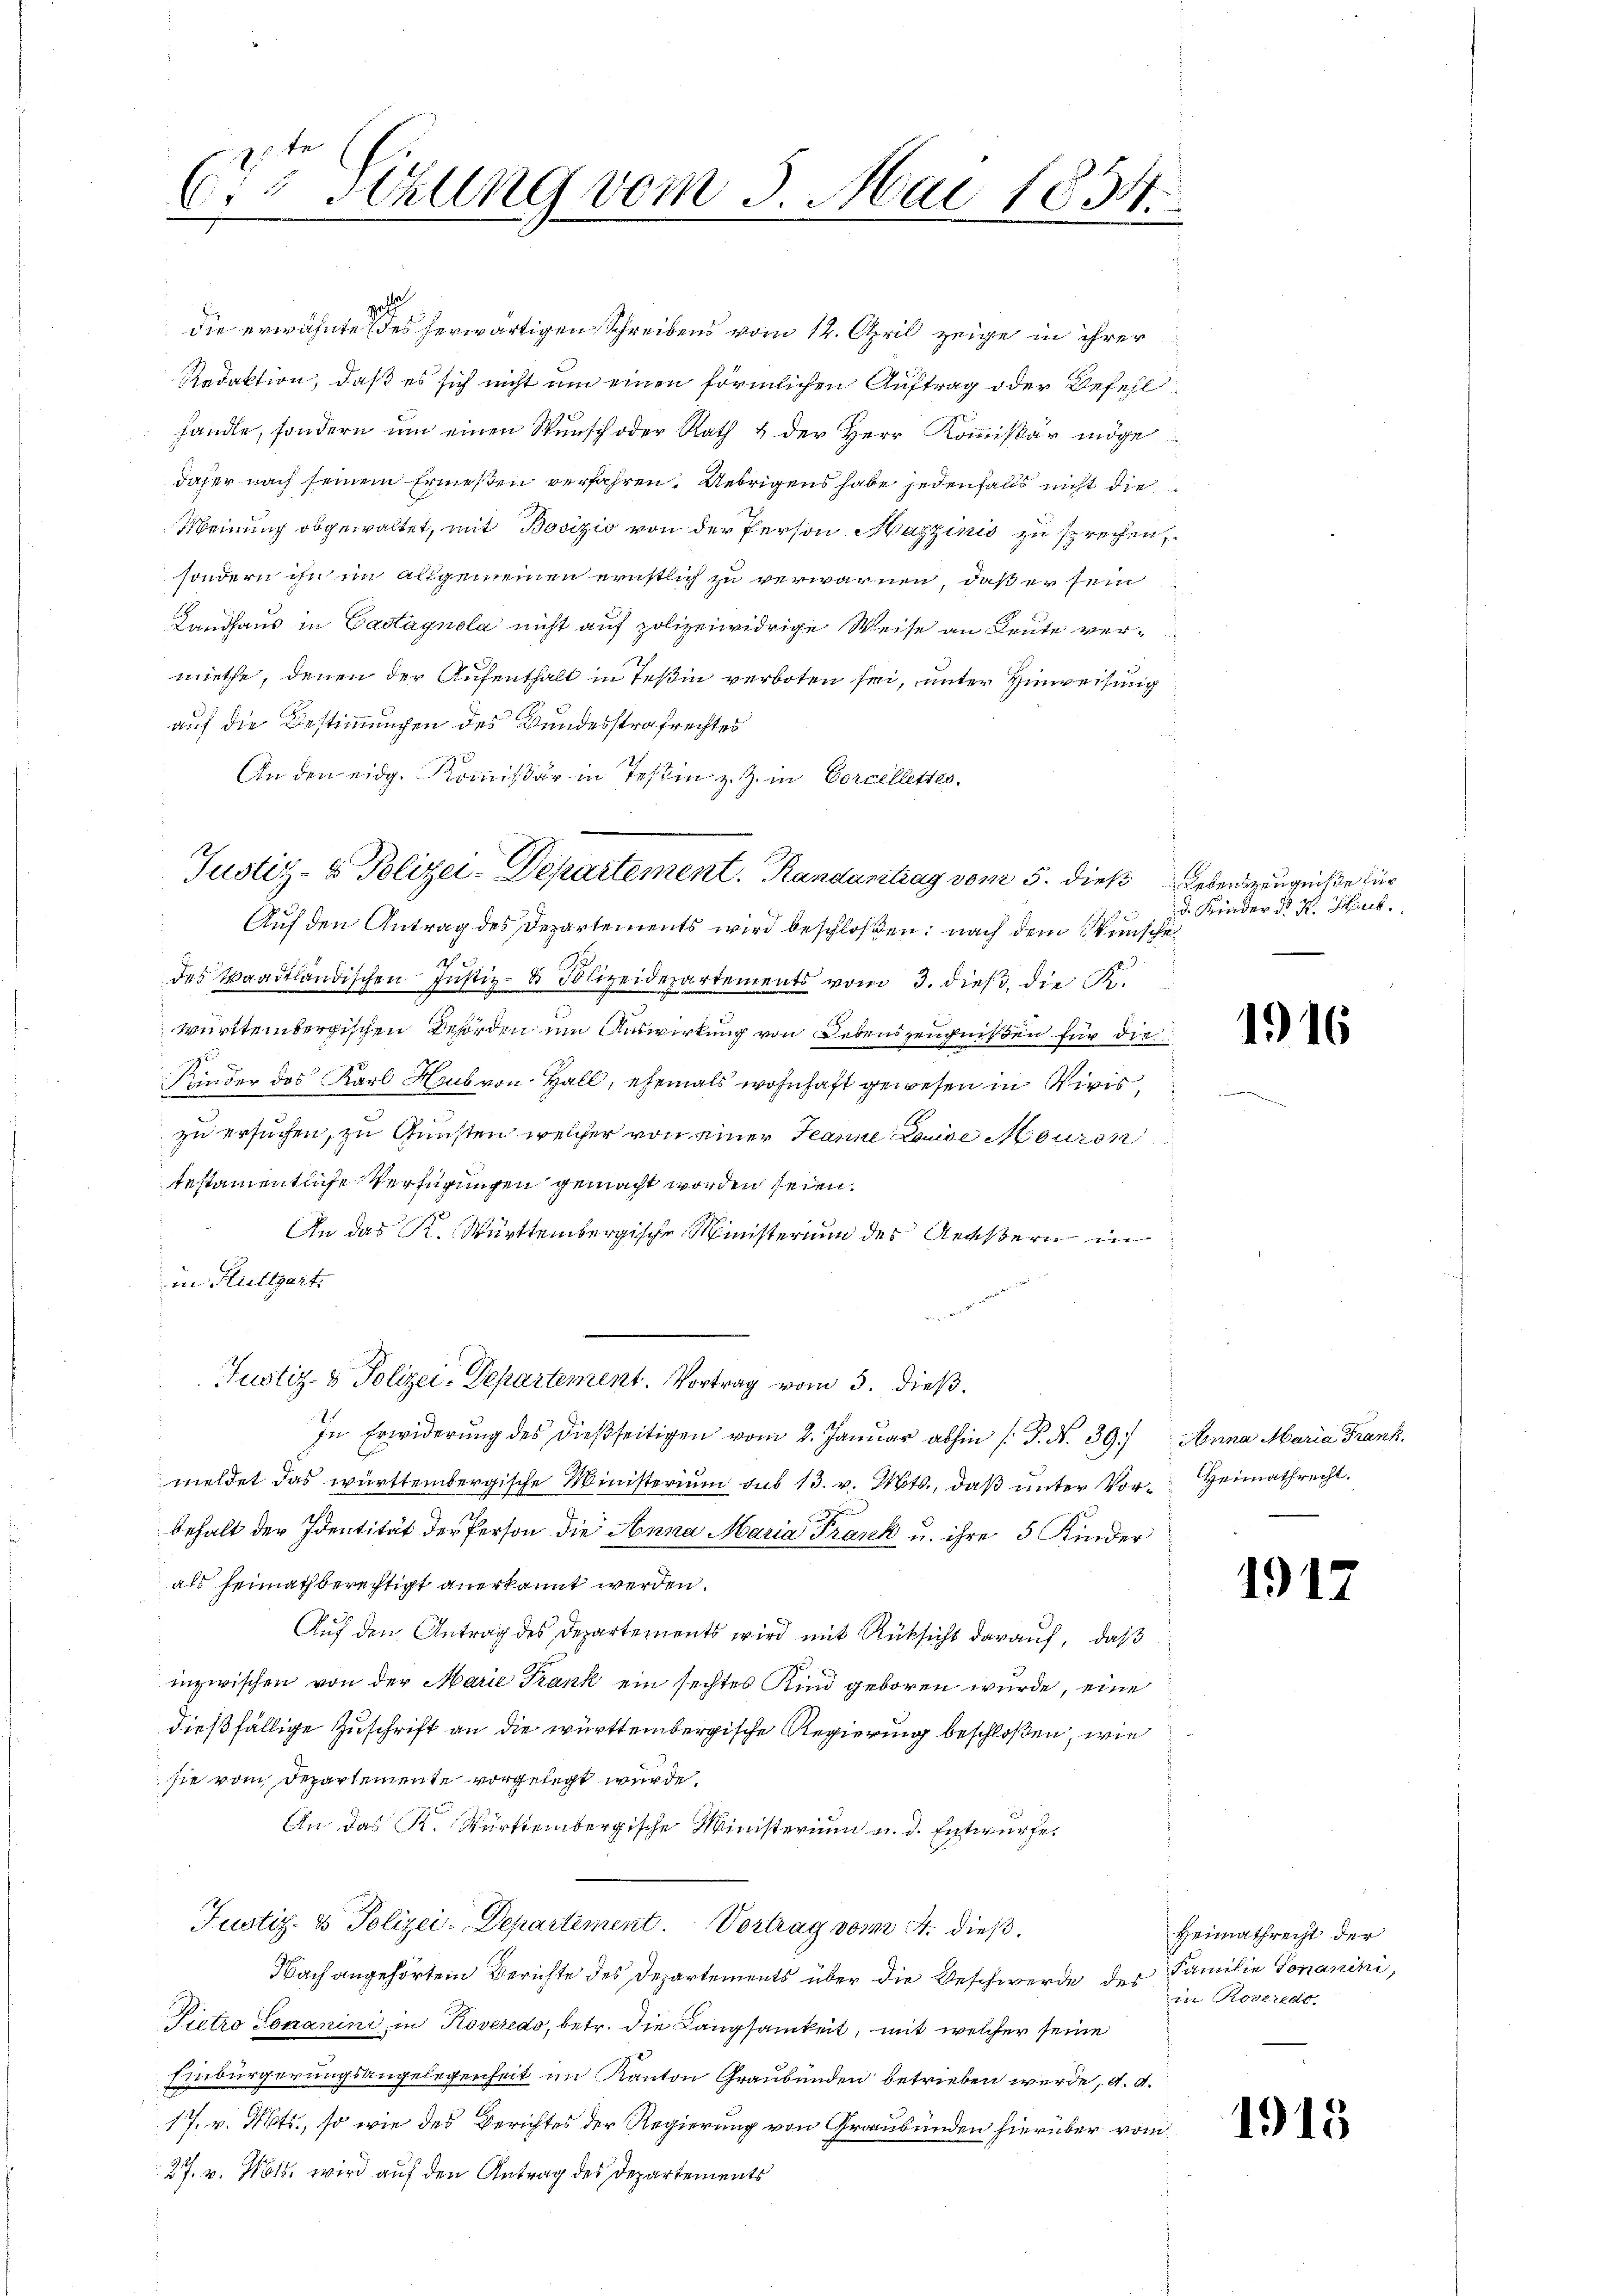
(75 Stzung vom 3. Mai 1834.
I

pol
die erwähnte (des herwärtigen Schreibens vom 12. April zeige in ihrer
Redaktion, daß es sich nicht um einen förmlichen Auftrag oder Befehl
handle, sondern um einen Wunsch oder Rath & der Herr Kommissär möge
daher nach seinem Ermeßen verfahren. Uebrigens habe jedenfalls nicht die
Meinung obgewaltet, mit Bovizić von der Person Mazzinis zu sprechen,
sondern ihn im allgemeinen ernstlich zu verwarnen, daß er sein
Landhaus in Gastagnola nicht auf polizeiwidrige Weise an Leute vermiethe, denen der Aufenthalt in Teßin verboten sei, unter Hinweisung
auf die Bestimmungen des Bundesstrafrechtes
An den eidg. Kommißär in Teßin z. Z. in Corcellettes.
Auf den Antrag des Departements wird beschloßen: nach dem Wunsche
des Waadtländischen Jŭstiz- & Polizeiderartements vom 3. dieβ, die K.
württembergischen Behörden um Auswirkung von Lebenszeugnißen für die
Kinder des Karl Haus von Hall, ehemals wohnhaft gewesen in Viris
zu ersuchen, zu Gunsten welcher von einer Jeanne Lande Mauren
testamentliche Verfügungen gemacht worden seien.
An das K. Württembergische Ministerium der Aeußern in
in Stuttgart.
a
Justiz- & Polizei-Departement. Vortrag vom 5. dieβ.
In Erwiderung des dießseitigen vom 2. Januar abhin (S. Nr. 39.) Anna Maria Frank.
meldet das württembergische Ministerium sub 13. v. Mts., daß unter Vor-Heimathrecht.
behalt der Identität der Person die Anna Maria Frank u. ihre 5 Kinder
als heimathberechtigt anerkannt werden.

Auf den Antrag des Departements wird mit Rüksicht darauf, daß
inzwischen von der Marie Trank ein sechtes Kind geboren wurde, eine
dießfällige Zuschrift an die württembergische Regierung beschloßen, wie
sie vom Departemente vorgelegt wurde.
An das K. Württembergische Ministerium u. d. Entwurfe.
Justiz- & Polizei-Departement. Vortrag vom 4. dieß.
Nach angehörtem Berichte des Departements über die Beschwerde der Familie Tomanini,
Pietro Tomanini in Koveredo, betr. die Langsamkeit, mit welcher seine
Einbürgerungsangelegenheit im Kanton Graubünden betrieben werde, d. d.
17. v. Mts., so wie des Berichtes der Regierung von Graubünden hierüber vom
27. v. Mts. wird auf den Antrag des Departements

Justiz- & Polizei-Departement. Randantrag vom 5. dieß Lebenszeugniße für

d. Kinder K. K. Hut.

1916

1917

Heimathrecht der
in Roveredo

1915